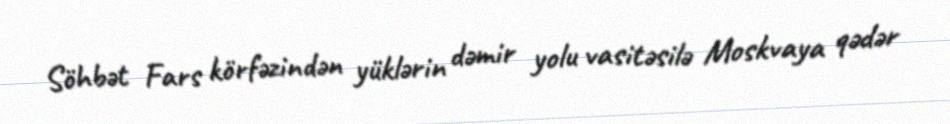
Söhbət Fars körfəzindən yüklərin dəmir yolu vasitəsilə Moskvaya qədər